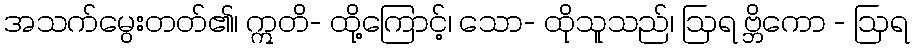
အသက်မွေးတတ်၏၊ ဣတိ- ထို့ကြောင့်၊ သော- ထိုသူသည်၊ ဩရ ဗ္ဘိကော - ဩရ